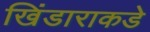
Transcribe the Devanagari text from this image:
खिंडाराकडे